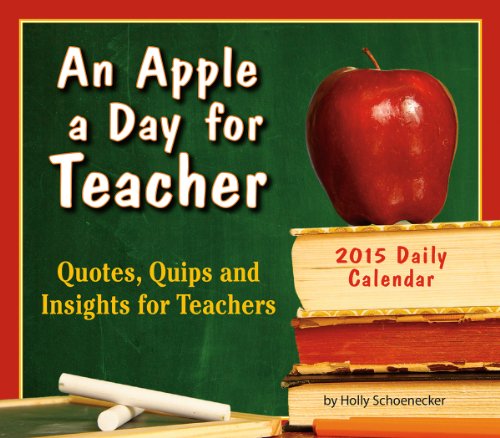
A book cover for An Apple a Day for Teacher; Quotes, Quips and Insights for Teachers 2015 Boxed Calendar; Holly Schoenecker; Calendars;